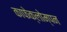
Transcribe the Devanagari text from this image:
काफेक्लोम्पन